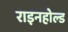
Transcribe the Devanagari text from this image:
राइनहोल्ड